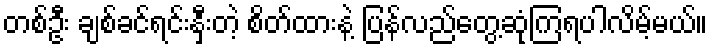
တစ်ဦး ချစ်ခင်ရင်းနှီးတဲ့ စိတ်ထားနဲ့ ပြန်လည်တွေ့ဆုံကြရပါလိမ့်မယ်။